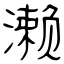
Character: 濑